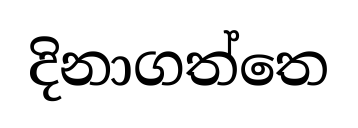
දිනාගත්තෙ